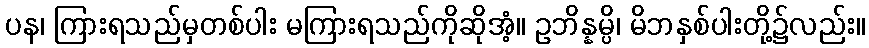
ပန၊ ကြားရသည်မှတစ်ပါး မကြားရသည်ကိုဆိုအံ့။ ဥဘိန္နမ္ပိ၊ မိဘနှစ်ပါးတို့၌လည်း။